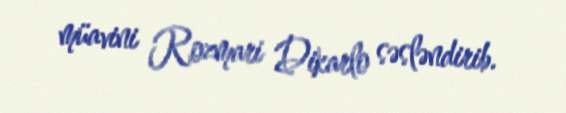
müavini Rozmari Dikarlo səsləndirib.